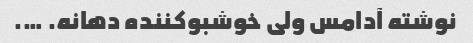
نوشته آدامس ولی خوشبوکننده دهانه. ….